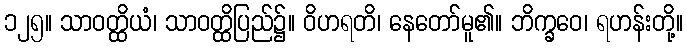
၁၂၅။ သာဝတ္ထိယံ၊ သာဝတ္ထိပြည်၌။ ဝိဟရတိ၊ နေတော်မူ၏။ ဘိက္ခဝေ၊ ရဟန်းတို့။